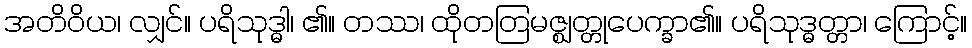
အတိဝိယ၊ လျှင်။ ပရိသုဒ္ဓါ၊ ၏။ တဿ၊ ထိုတတြမဇ္ဈတ္တုပေက္ခာ၏။ ပရိသုဒ္ဓတ္တာ၊ ကြောင့်။